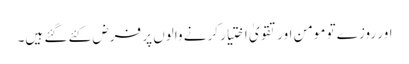
اور روزے تو مومن اور تقویٰ اختیار کرنے والوں پر فرض کئے گئے ہیں۔